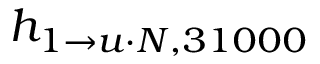
h _ { 1 \rightarrow u \cdot N , 3 1 0 0 0 }